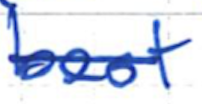
Text: best
Cross-out: mix
Writing tool: ballpoint